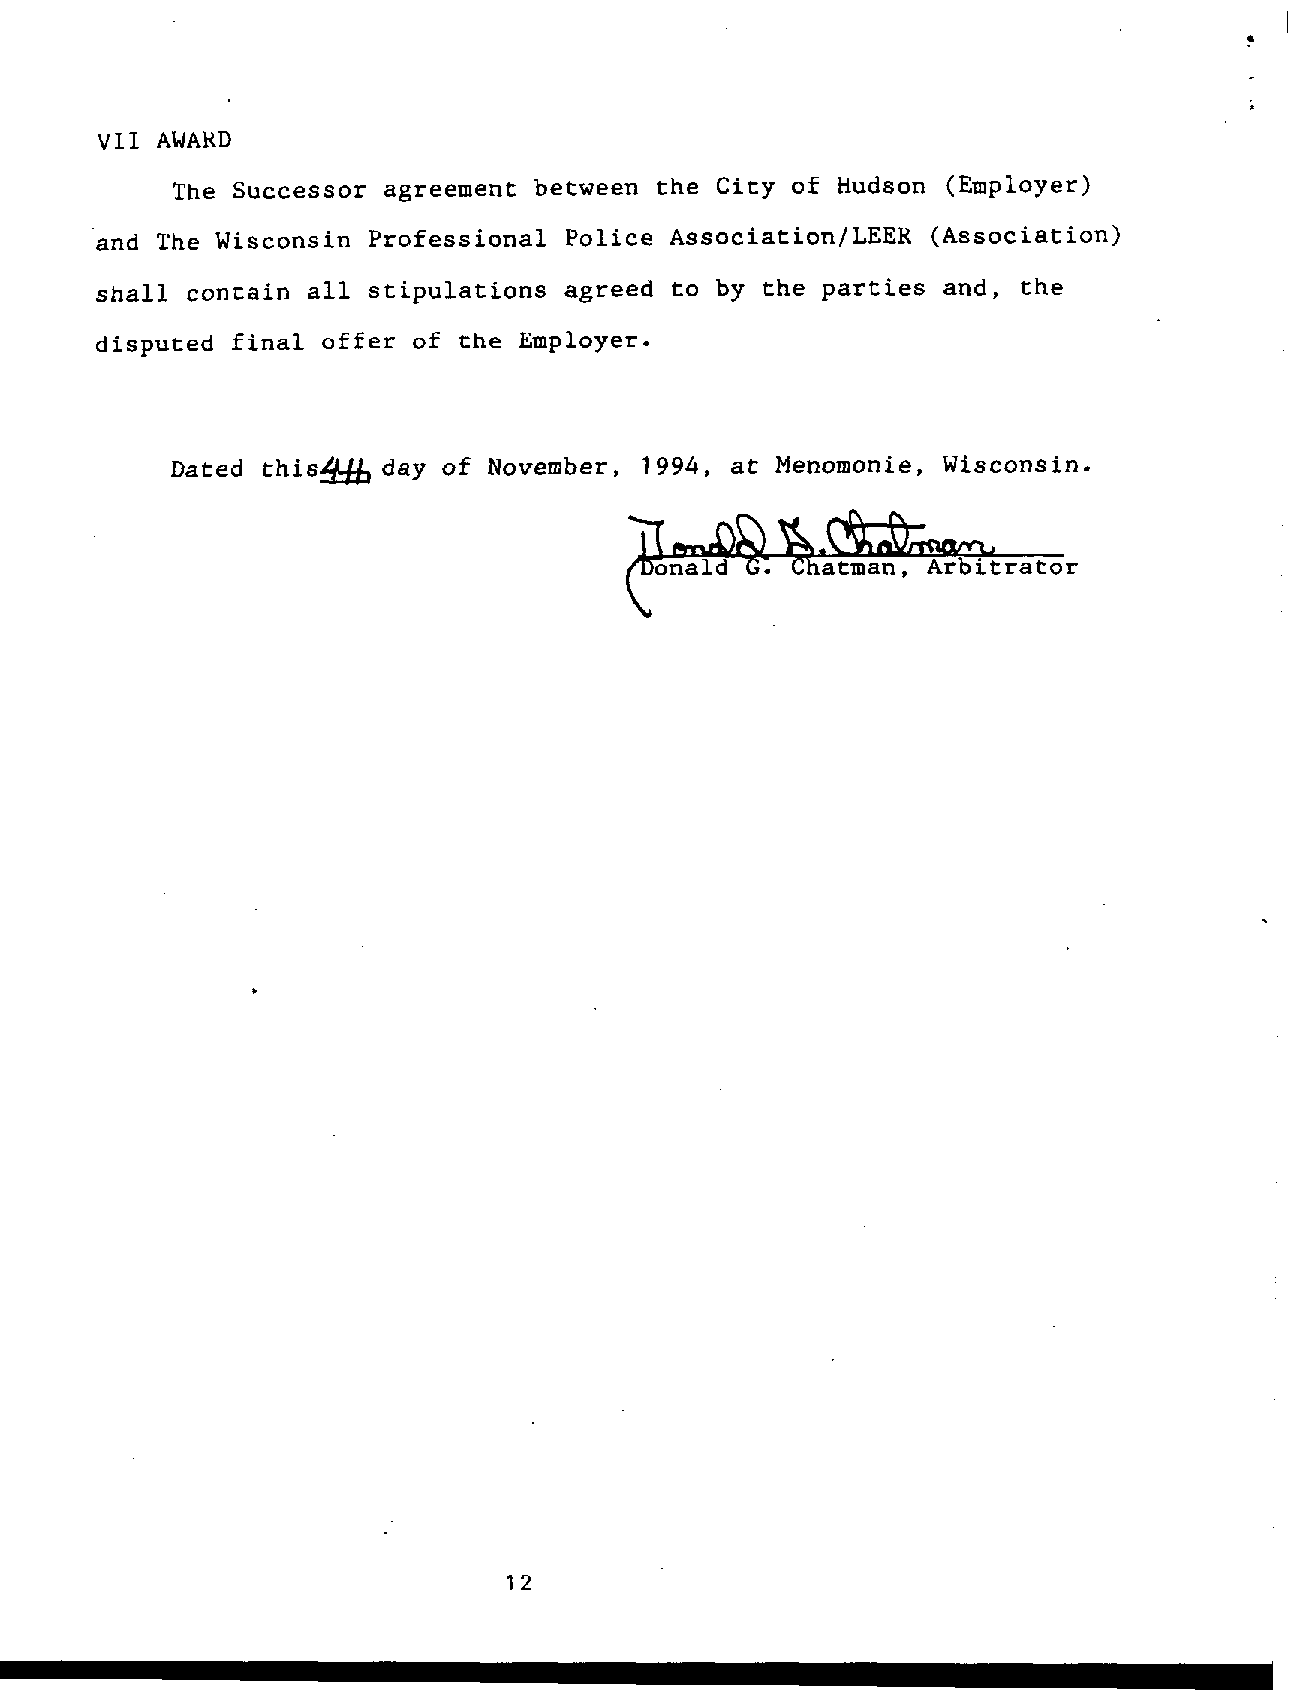
VII AWARD
 The Successor agreement between the City of Hudson  (Employer)
 and The Wisconsin Professional Police Association/LEEK  (Association)
 shall contain all stipulations agreed to by the parties and,  the
 disputed final offer of the Employer.
 Dated this$&day   of November,  1994, at Menomonie, Wisconsin.
 12